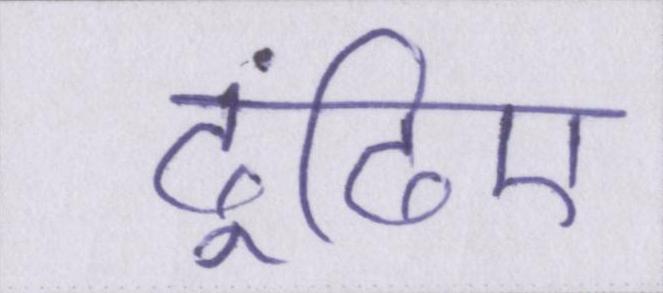
ढूंढिए